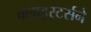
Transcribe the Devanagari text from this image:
क्लाइस्टर्सने